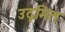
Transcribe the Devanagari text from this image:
उद्गमित